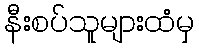
နီးစပ်သူများထံမှ